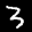
Label: 3